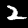
Digit: 2